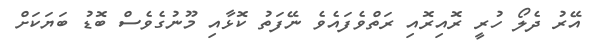
އޭރު ދެލޯ ހުރީ ރޮއިރޮއި ރަތްވެފައެވެ ނޭފަތު ކޮޅާއި މޫނުގެވެސް ބޮޑު ބަޔަކަށް